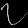
Digit: ၇